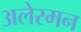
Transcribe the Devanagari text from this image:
अलेरमन